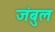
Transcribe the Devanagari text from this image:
जंबुल